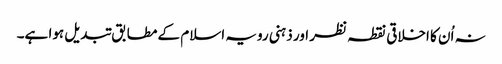
نہ اُن کا اخلاقی نقطہ نظر اور ذہنی رویہ اسلام کے مطابق تبدیل ہوا ہے۔